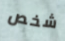
شخص